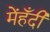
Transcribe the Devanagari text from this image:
मेंहँदी